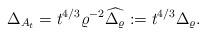
LaTeX: \begin{align*}\Delta_{A_t} = t^{4/3} \varrho^{-2} \widehat{\Delta_\varrho} := t^{4/3} \Delta_\varrho.\end{align*}